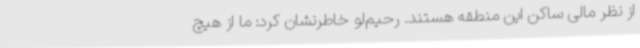
از نظر مالی ساکن این منطقه هستند. رحیم‌لو خاطرنشان کرد: ما از هیچ